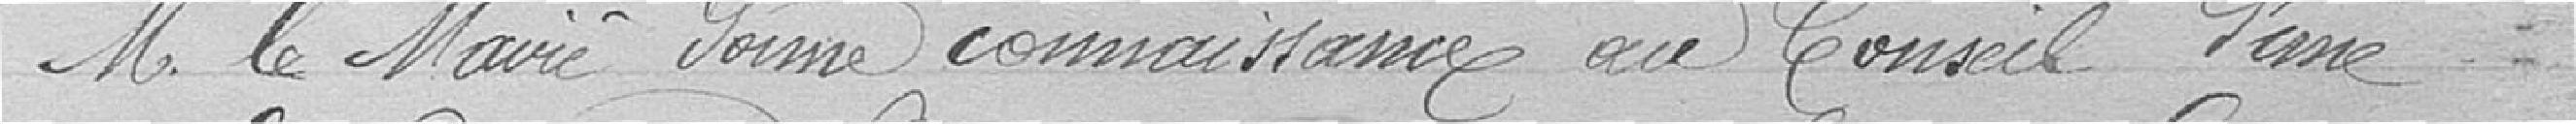
Monsieur le Maire donne connaissance au conseil d'une